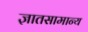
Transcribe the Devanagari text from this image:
ज्ञातसामान्य